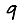
Digit: 9